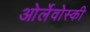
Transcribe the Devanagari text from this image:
ओर्लेवोस्की